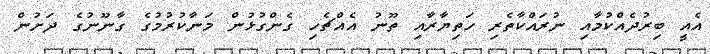
އެއީ ބިރުދެއްކުމާއި ނުރައްކާތެރި ހަތިޔާރާއި ތޫނު އެއްޗެހި ގެންގުޅުން މަނާކުރުމުގެ ގާނޫނުގެ ދަށުން